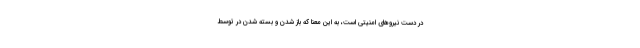
در دست نیروهای امنیتی است، به این معنا که باز شدن و بسته شدن در توسط